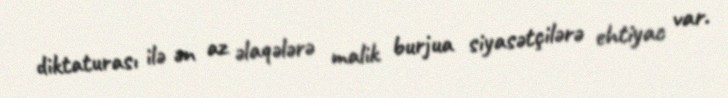
diktaturası ilə ən az əlaqələrə malik burjua siyasətçilərə ehtiyac var.